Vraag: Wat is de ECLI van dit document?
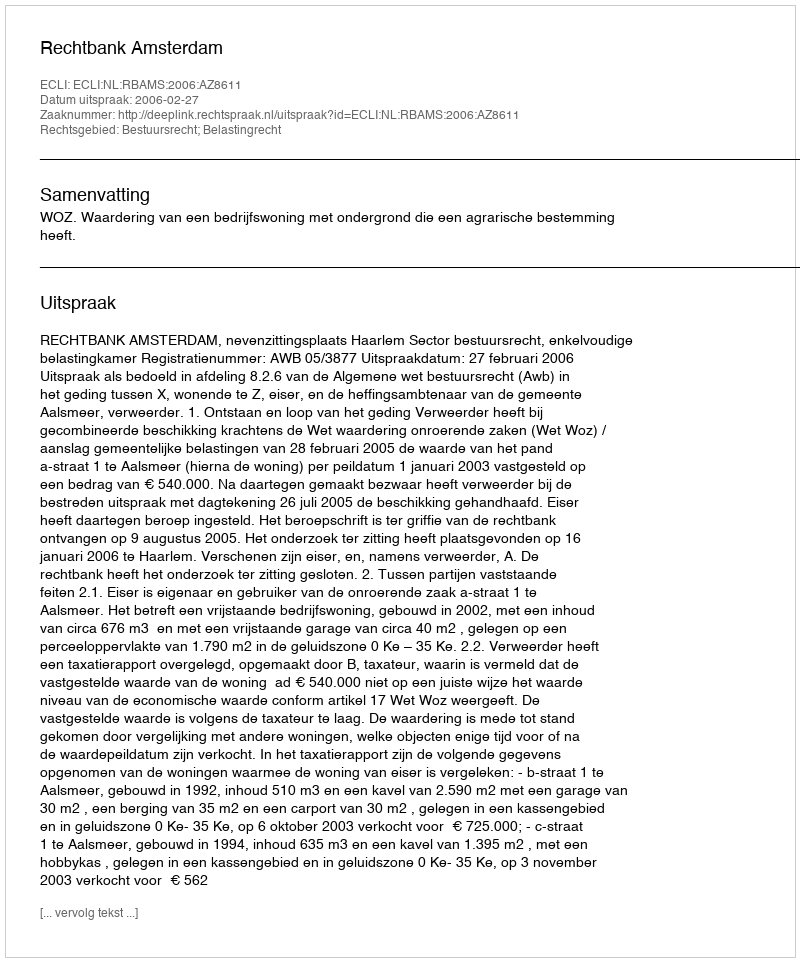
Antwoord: ECLI:NL:RBAMS:2006:AZ8611